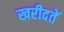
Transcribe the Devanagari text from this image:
खरीदतें